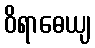
ဝိရာဓေယျ